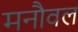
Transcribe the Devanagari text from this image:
मनौवल